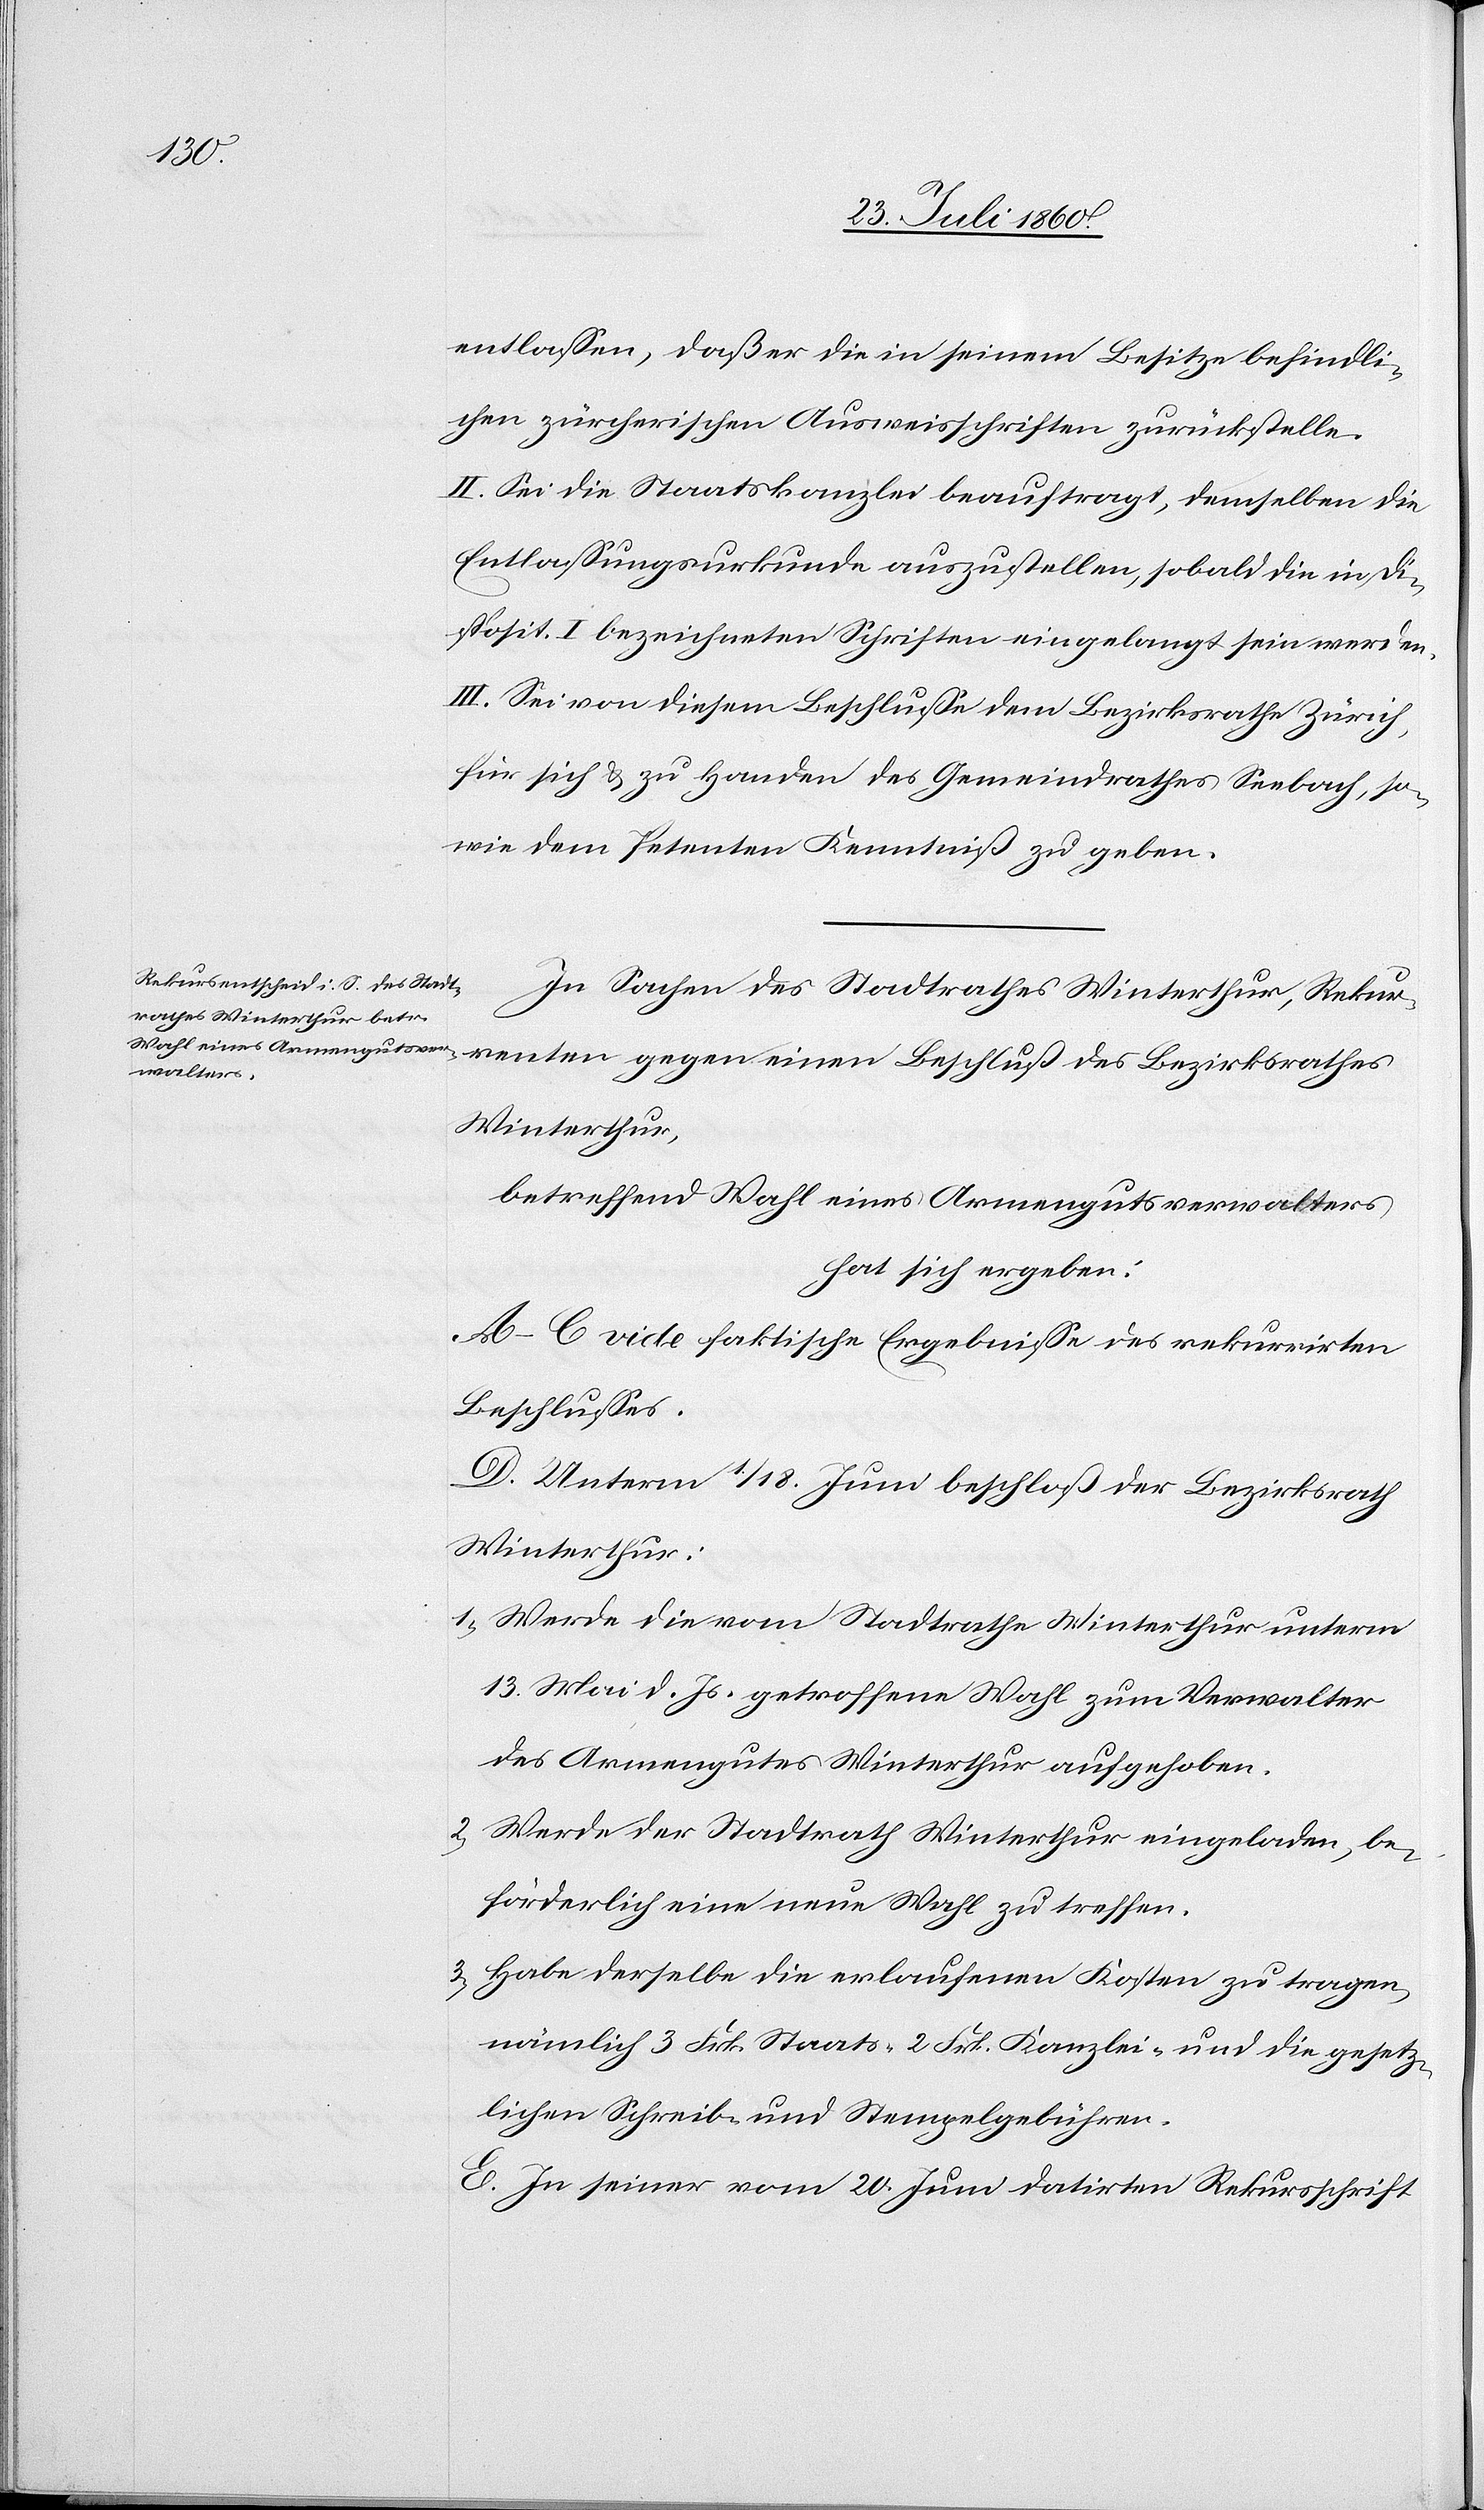
entlassen, daß er die in seinem Besitze befindli¬
chen zürcherischen Ausweisschriften zurückstelle.
II. Sei die Staatskanzlei beauftragt, demselben die
Entlassungsurkunde auszustellen, sobald die in Di¬
spos. I. bezeichneten Schriften eingelangt sein werden.
III. Sei von diesem Beschlusse dem Bezirksrathe Zürich
für sich und zu Handen des Gemeindrathes Seebach, so¬
wie dem Petenten Kenntniss zu geben.
In Sachen des Stadtrathes Winterthur, Rekur¬
renten gegen einen Beschluß des Bezirksrathes
Winterthur
betreffend Wahl eines Armengutsverwalters
hat sich ergeben:
A.–C. Vide faktische Ergebnisse des rekurrirten
Beschlusses.
D. Unterm 1 / 18. Juni beschloß der Bezirksrath
1) Werde die vom Stadtrathe Winterthur unterm
13. Mai d. Js. getroffene Wahl zum Verwalter
des Armengutes Winterthur aufgehoben.
2) Werde der Stadtrath Winterthur eingeladen, be¬
förderlich eine neue Wahl zu treffen.
3) Habe derselbe die erlaufenen Kosten zu tragen,
nämlich 3 fcs Staats- 2 fcs. Kanzlei- u. die gesetz¬
lichen Schreib- u. Stempelgebühren.
E. In seiner vom 20. Juni datirten Rekursschrift